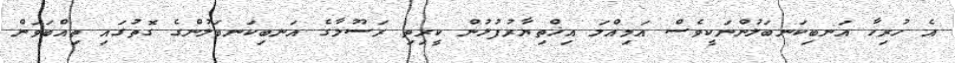
އެ ހުރިހާ އަނބިކަނބަލުންނަކީވެސް އަމިއްލަ އިޚްތިޔާރުފުޅުން ކީރިތި ރަސޫލާގެ އަނބިކަނބަލުންގެ ގޮތުގައި ތިއްބަވަން